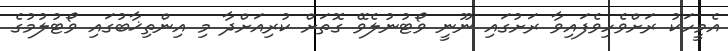
އެމީހަކު ރަށްވެހިވެފައިވާ ރަށުގައި ނޫނީ ވޯޓުނުލެވޭ ގޮތަށް ކުރިއަށްދާ މި އިންތިޚާބުގައި ވޯޓުލުމުގެ